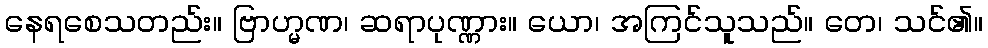
နေရစေသတည်း။ ဗြာဟ္မဏ၊ ဆရာပုဏ္ဏား။ ယော၊ အကြင်သူသည်။ တေ၊ သင်၏။